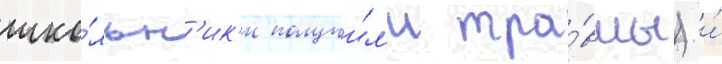
шко́льн'ик'и получи́л'и тра́вмы) и́